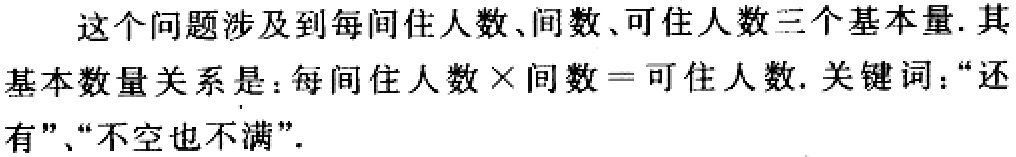
这个问题涉及到每间住人数、间数、可住人数三个基本量. 其基本数量关系是：每间住人数$\times$间数$=$可住人数. 关键词：“还有”、“不空也不满”.